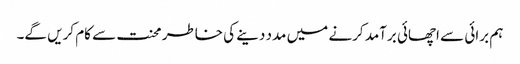
ہم برائی سے اچھائی برآمد کرنے میں مدد دینے کی خاطر محنت سے کام کریں گے۔